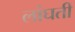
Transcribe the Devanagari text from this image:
लांघती